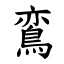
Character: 鵉